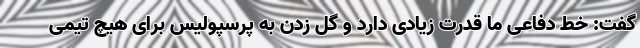
گفت: خط دفاعی ما قدرت زیادی دارد و گل زدن به پرسپولیس برای هیچ تیمی